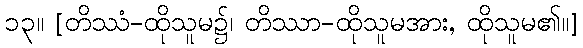
၁၃။ [တိဿံ-ထိုသူမ၌၊ တိဿာ-ထိုသူမအား, ထိုသူမ၏။]